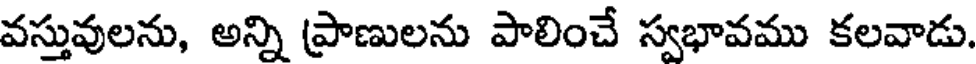
వస్తువులను, అన్ని ప్రాణులను పాలించే స్వభావము కలవాడు.